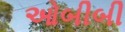
ઓબીબી